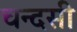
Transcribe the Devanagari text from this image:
चन्दसी